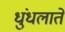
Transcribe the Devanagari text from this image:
धुंधलाते